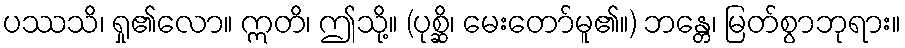
ပဿသိ၊ ရှု၏လော။ ဣတိ၊ ဤသို့။ (ပုစ္ဆိ၊ မေးတော်မူ၏။) ဘန္တေ၊ မြတ်စွာဘုရား။